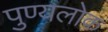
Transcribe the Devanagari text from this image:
पुण्यलोक